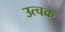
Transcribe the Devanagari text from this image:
उत्चक्र